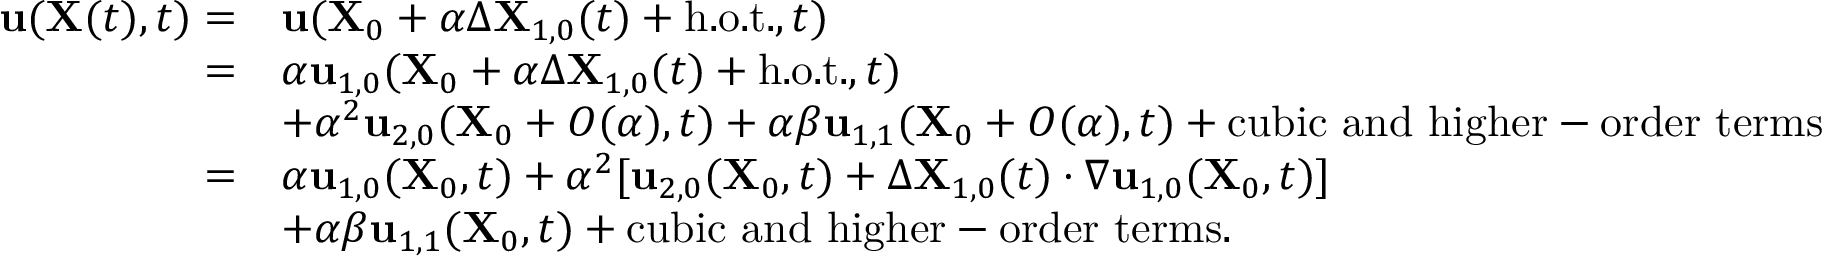
\begin{array} { r l } { \mathbf { u } ( \mathbf { X } ( t ) , t ) = } & { \mathbf { u } ( \mathbf { X } _ { 0 } + \alpha \Delta \mathbf { X } _ { 1 , 0 } ( t ) + \mathrm { h . o . t . } , t ) } \\ { = } & { \alpha \mathbf { u } _ { 1 , 0 } ( \mathbf { X } _ { 0 } + \alpha \Delta \mathbf { X } _ { 1 , 0 } ( t ) + \mathrm { h . o . t . } , t ) } \\ & { + \alpha ^ { 2 } \mathbf { u } _ { 2 , 0 } ( \mathbf { X } _ { 0 } + O ( \alpha ) , t ) + \alpha \beta \mathbf { u } _ { 1 , 1 } ( \mathbf { X } _ { 0 } + O ( \alpha ) , t ) + \mathrm { c u b i c ~ a n d ~ h i g h e r - o r d e r ~ t e r m s } } \\ { = } & { \alpha \mathbf { u } _ { 1 , 0 } ( \mathbf { X } _ { 0 } , t ) + \alpha ^ { 2 } [ \mathbf { u } _ { 2 , 0 } ( \mathbf { X } _ { 0 } , t ) + \Delta \mathbf { X } _ { 1 , 0 } ( t ) \cdot \nabla \mathbf { u } _ { 1 , 0 } ( \mathbf { X } _ { 0 } , t ) ] } \\ & { + \alpha \beta \mathbf { u } _ { 1 , 1 } ( \mathbf { X } _ { 0 } , t ) + \mathrm { c u b i c ~ a n d ~ h i g h e r - o r d e r ~ t e r m s } . } \end{array}